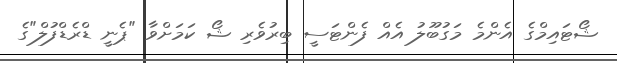
ޝޯޓައިމްގެ އެންމެ މަގުބޫލު އެއް ފެންޓަސީ ބިރުވެރި ޝޯ ކަމަށްވާ "ޕެނީ ޑްރެޑްފުލް"ގެ